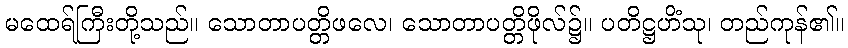
မထေရ်ကြီးတို့သည်။ သောတာပတ္တိဖလေ၊ သောတာပတ္တိဖိုလ်၌။ ပတိဋ္ဌဟိံသု၊ တည်ကုန်၏။